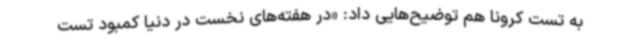
به تست کرونا هم توضیح‌هایی داد: «در هفته‌های نخست در دنیا کمبود تست